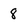
Character: 8